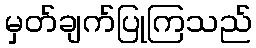
မှတ်ချက်ပြုကြသည်